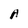
Character: A